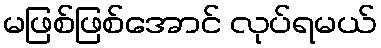
မဖြစ်ဖြစ်အောင် လုပ်ရမယ်